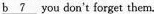
\underline{b 7} you don't torget them.